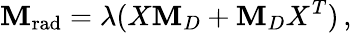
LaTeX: \mathbf{M}_{\mathrm{{rad}}}=\lambda(X\mathbf{M}_{D}+\mathbf{M}_{D}X^{T})\, ,